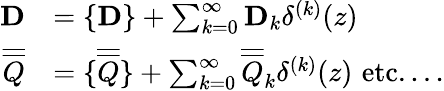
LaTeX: \begin{array}{rl}{\mathbf{D}}&{=\{ \mathbf{D}\} +\sum_{k=0}^{\infty}\mathbf{D}_{k}\delta^{(k)}(z)}\\ {\overline{{\overline{{Q}}}}}&{=\{ \overline{{\overline{{Q}}}}\} +\sum_{k=0}^{\infty}\overline{{\overline{{Q}}}}_{k}\delta^{(k)}(z)\, \, \mathrm{etc...}\, .}\end{array}